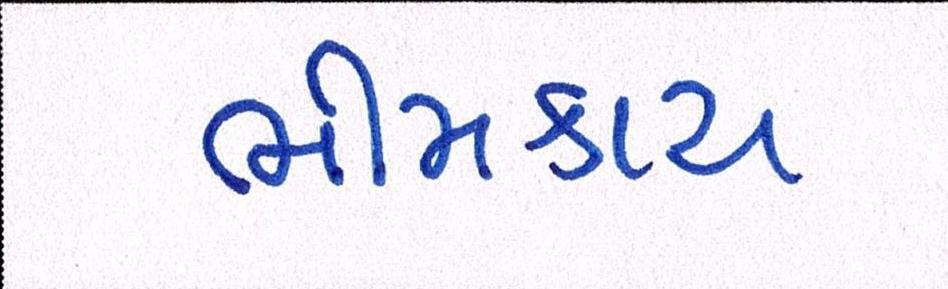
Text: ભીમકાય